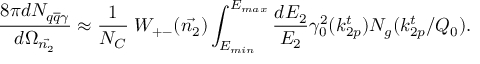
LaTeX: \frac { 8 \pi d N _ { q \overline { { { q } } } \gamma } } { d \Omega _ { \vec { n _ { 2 } } } } \approx \frac { 1 } { N _ { C } } \; W _ { + - } ( { \vec { n _ { 2 } } } ) \int _ { E _ { m i n } } ^ { E _ { m a x } } \frac { d E _ { 2 } } { E _ { 2 } } \gamma _ { 0 } ^ { 2 } ( k _ { 2 p } ^ { t } ) N _ { g } ( k _ { 2 p } ^ { t } / Q _ { 0 } ) .